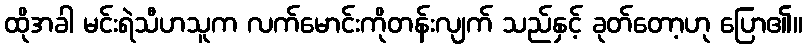
ထိုအခါ မင်းရဲသီဟသူက လက်မောင်းကိုတန်းလျက် သည်နှင့် ခုတ်တော့ဟု ပြော၏။